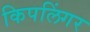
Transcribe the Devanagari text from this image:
किपलिंगर